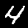
Digit: 4